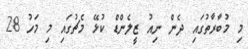
މި މުބާރާތުގައި ދެން ނިއު ޒީލެންޑް ކުޅޭ މެޗުގައި މި މަހު 28